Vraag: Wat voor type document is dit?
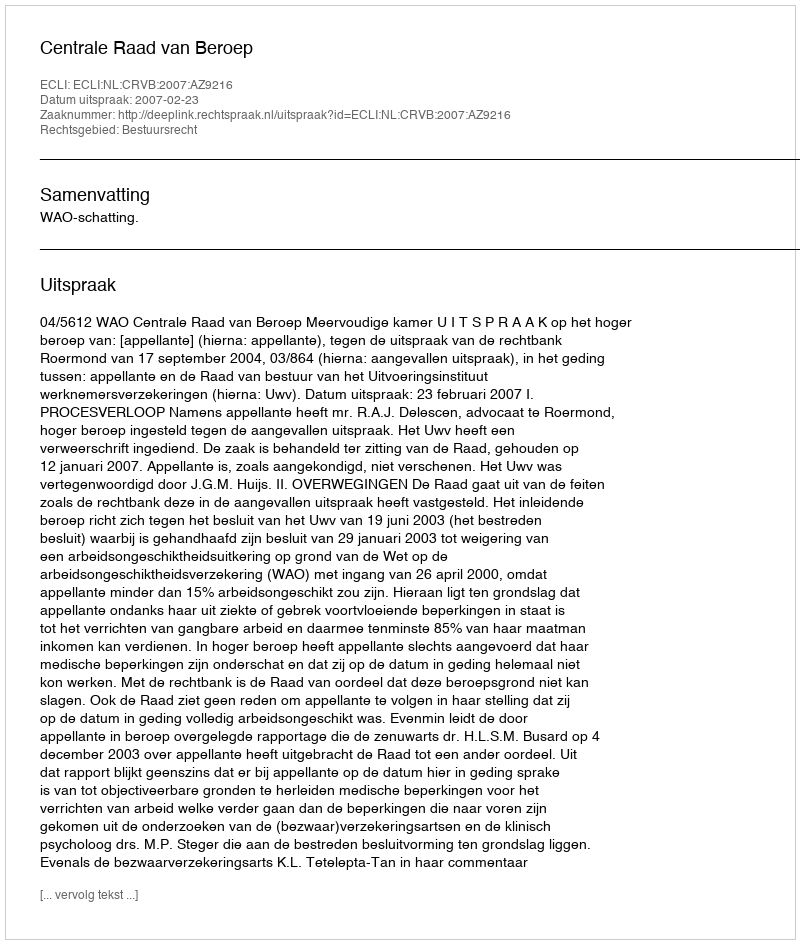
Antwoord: Uitspraak